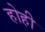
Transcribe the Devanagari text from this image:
होही